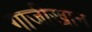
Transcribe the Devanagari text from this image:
गाजीखान